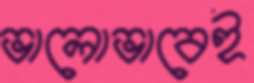
ভালোভাবেই